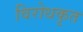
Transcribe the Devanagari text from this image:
विरोधकृत